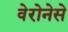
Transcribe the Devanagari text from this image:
वेरोनेसे